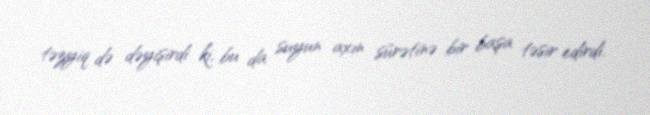
təzyiq də dəyişirdi ki, bu da suyun axın sürətinə bir başa təsir edirdi.